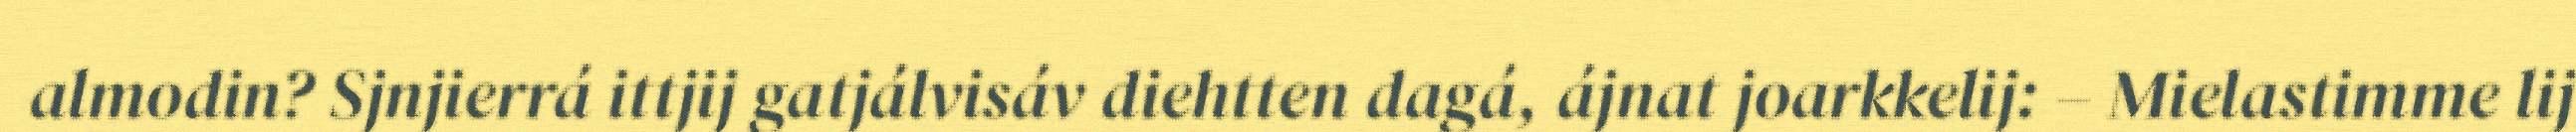
almodin? Sjnjierrá ittjij gatjálvisáv diehtten dagá, ájnat joarkkelij: – Mielastimme lij